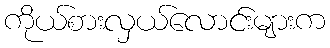
ကိုယ်စားလှယ်လောင်းများက